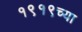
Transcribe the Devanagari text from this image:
१९१९च्या